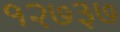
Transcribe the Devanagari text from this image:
१२७३७